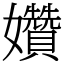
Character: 㜺